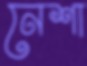
নেশা